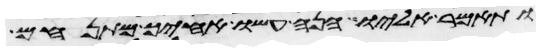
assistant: ותאמר אליו הנה עשו אחיך מתנחם